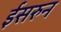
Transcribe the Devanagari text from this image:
ईसरुन